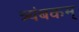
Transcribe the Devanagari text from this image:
त्र्यंबकम्